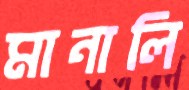
মানালি